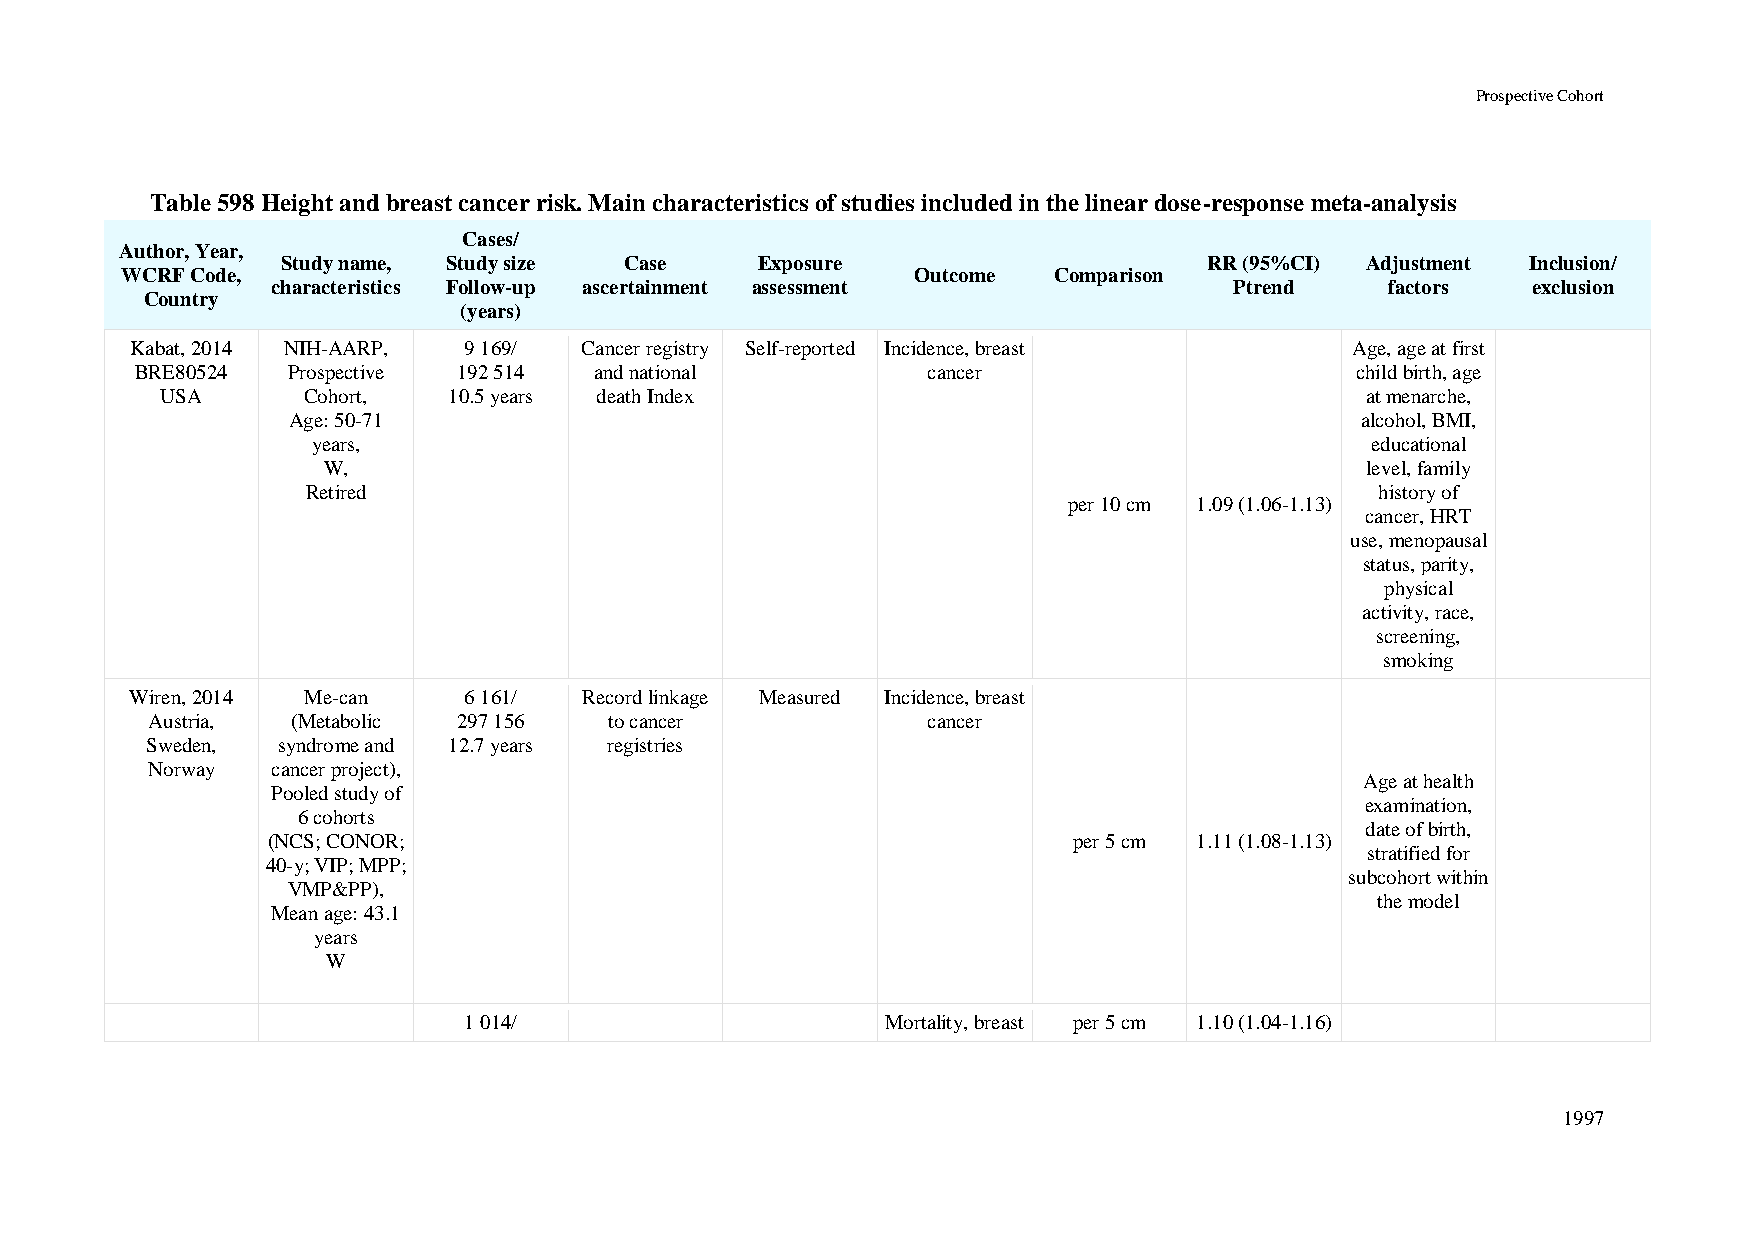
Prospective Cohort
 Table 598 Height and breast cancer risk. Main characteristics of studies included in the linear dose-response meta-analysis
 Cases/
 Author, Year,
 Study name, Study size Case    Exposure                      RR (95%CI) Adjustment Inclusion/
 WCRF Code,                                           Outcome  Comparison
 characteristics Follow-up ascertainment assessment              Ptrend    factors  exclusion
 Country
 (years)
 Kabat, 2014 NIH-AARP, 9 169/ Cancer registry Self-reported Incidence, breast     Age, age at first
 BRE80524  Prospective 192 514 and national          cancer                       child birth, age
 USA      Cohort,   10.5 years death Index                                      at menarche,
 Age: 50-71                                                             alcohol, BMI,
 years,                                                                educational
 W,                                                                   level, family
 Retired                                                                history of
 per 10 cm 1.09 (1.06-1.13)
 cancer, HRT
 use, menopausal
 status, parity,
 physical
 activity, race,
 screening,
 smoking
 Wiren, 2014 Me-can    6 161/  Record linkage Measured Incidence, breast
 Austria, (Metabolic 297 156   to cancer            cancer
 Sweden, syndrome and 12.7 years registries
 Norway  cancer project),
 Age at health
 Pooled study of
 examination,
 6 cohorts
 date of birth,
 (NCS; CONOR;                                         per 5 cm 1.11 (1.08-1.13)
 stratified for
 40-y; VIP; MPP;
 subcohort within
 VMP&PP),
 the model
 Mean age: 43.1
 years
 W
 1 014/                      Mortality, breast per 5 cm 1.10 (1.04-1.16)
 1997